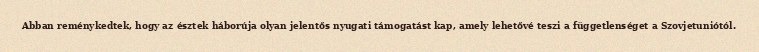
Abban reménykedtek, hogy az észtek háborúja olyan jelentős nyugati támogatást kap, amely lehetővé teszi a függetlenséget a Szovjetuniótól.